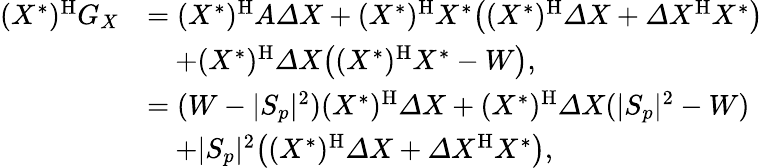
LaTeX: \begin{array}{rl}{(X^{*})^{\mathrm{H}}G_{X}}&{=(X^{*})^{\mathrm{H}}A\varDelta X+(X^{*})^{\mathrm{H}}X^{*}\big((X^{*})^{\mathrm{H}}\varDelta X+\varDelta X^{\mathrm{H}}X^{*}\big)}\\ &{\quad+(X^{*})^{\mathrm{H}}\varDelta X\big((X^{*})^{\mathrm{H}}X^{*}-W\big),}\\ &{=(W-\lvert S_{p}\rvert^{2})(X^{*})^{\mathrm{H}}\varDelta X+(X^{*})^{\mathrm{H}}\varDelta X(\lvert S_{p}\rvert^{2}-W)}\\ &{\quad+\lvert S_{p}\rvert^{2}\big((X^{*})^{\mathrm{H}}\varDelta X+\varDelta X^{\mathrm{H}}X^{*}\big),}\end{array}